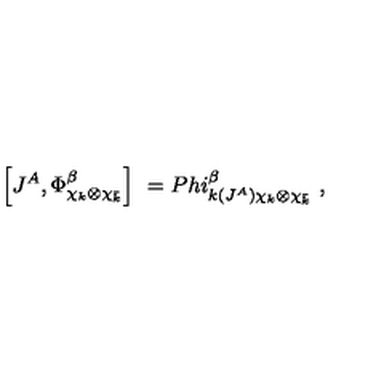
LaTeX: \left[ J ^ { A } , \Phi _ { \chi _ { k } \otimes \chi _ { \bar { k } } } ^ { \beta } \right] \ = P h i _ { k ( J ^ { A } ) \chi _ { k } \otimes \chi _ { \bar { k } } } ^ { \beta } \ ,